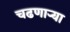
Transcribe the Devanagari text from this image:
चढणार्‍या